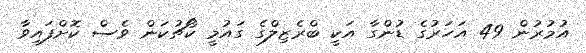
އުމުރުން 49 އަހަރުގެ ޑުންގާ އަކީ ބްރެޒިލްގެ ގައުމީ ކޯޗުކަން ވެސް ކޮށްފައިވާ